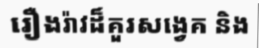
រឿងរ៉ាវដ៏គួរសង្វេគ និង